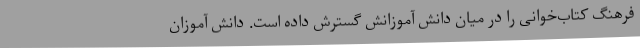
فرهنگ کتاب‌خوانی را در میان دانش آموزانش گسترش داده است. دانش آموزان